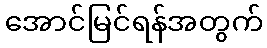
အောင်မြင်ရန်အတွက်